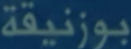
بوزنيقة